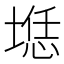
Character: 𰑲